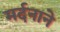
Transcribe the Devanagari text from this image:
मर्दनाने